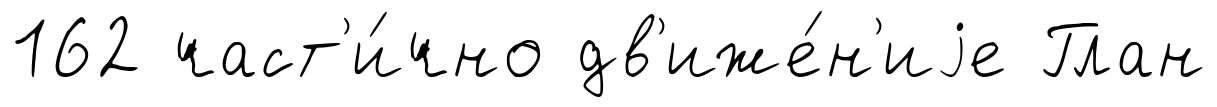
162 част'и́чно дв'иже́н'иjе Глан